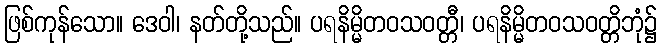
ဖြစ်ကုန်သော။ ဒေဝါ၊ နတ်တို့သည်။ ပရနိမ္မိတဝသဝတ္တီ၊ ပရနိမ္မိတဝသဝတ္တိဘုံ၌